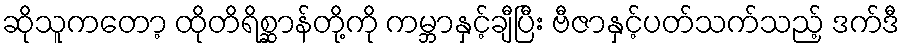
ဆိုသူကတော့ ထိုတိရိစ္ဆာန်တို့ကို ကမ္ဘာနှင့်ချီပြီး ဗီဇာနှင့်ပတ်သက်သည့် ဒက်ဒီ